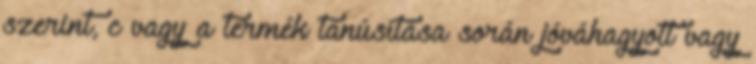
szerint, c vagy a termék tanúsítása során jóváhagyott vagy